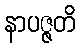
နာပဇ္ဇတိ